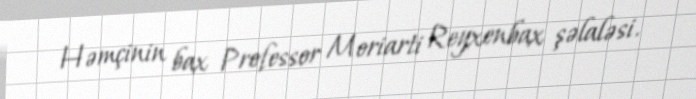
Həmçinin bax Professor Moriarti Reyxenbax şəlaləsi.